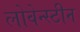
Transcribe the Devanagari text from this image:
लोवेन्स्टीन